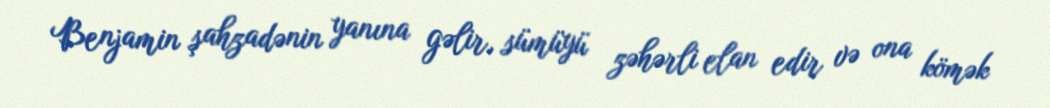
Benjamin şahzadənin yanına gəlir, sümüyü zəhərli elan edir və ona kömək